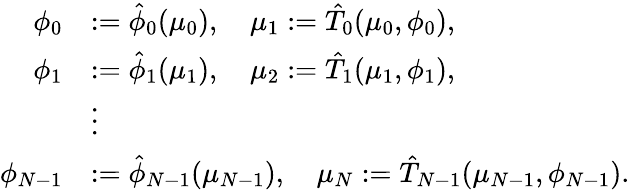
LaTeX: \begin{array}{rl}{\phi_{0}}&{:=\hat{\phi}_{0}(\mu_{0}),\quad\mu_{1}:=\hat{T}_{0}(\mu_{0},\phi_{0}),}\\ {\phi_{1}}&{:=\hat{\phi}_{1}(\mu_{1}),\quad\mu_{2}:=\hat{T}_{1}(\mu_{1},\phi_{1}),}\\ &{\vdots}\\ {\phi_{N-1}}&{:=\hat{\phi}_{N-1}(\mu_{N-1}),\quad\mu_{N}:=\hat{T}_{N-1}(\mu_{N-1},\phi_{N-1}).}\end{array}